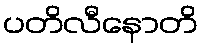
ပတိလီနောတိ